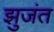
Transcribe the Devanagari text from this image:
झुजंत